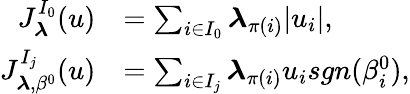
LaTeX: \begin{array}{rl}{J_{\boldsymbol{\lambda}}^{I_{0}}(u)}&{=\sum_{i\in I_{0}}\boldsymbol{\lambda}_{\pi(i)}\vert u_{i}\vert,}\\ {J_{\boldsymbol{\lambda},{\beta^{0}}}^{I_{j}}(u)}&{=\sum_{i\in I_{j}}\boldsymbol{\lambda}_{\pi(i)}u_{i}sgn(\beta_{i}^{0}),}\end{array}